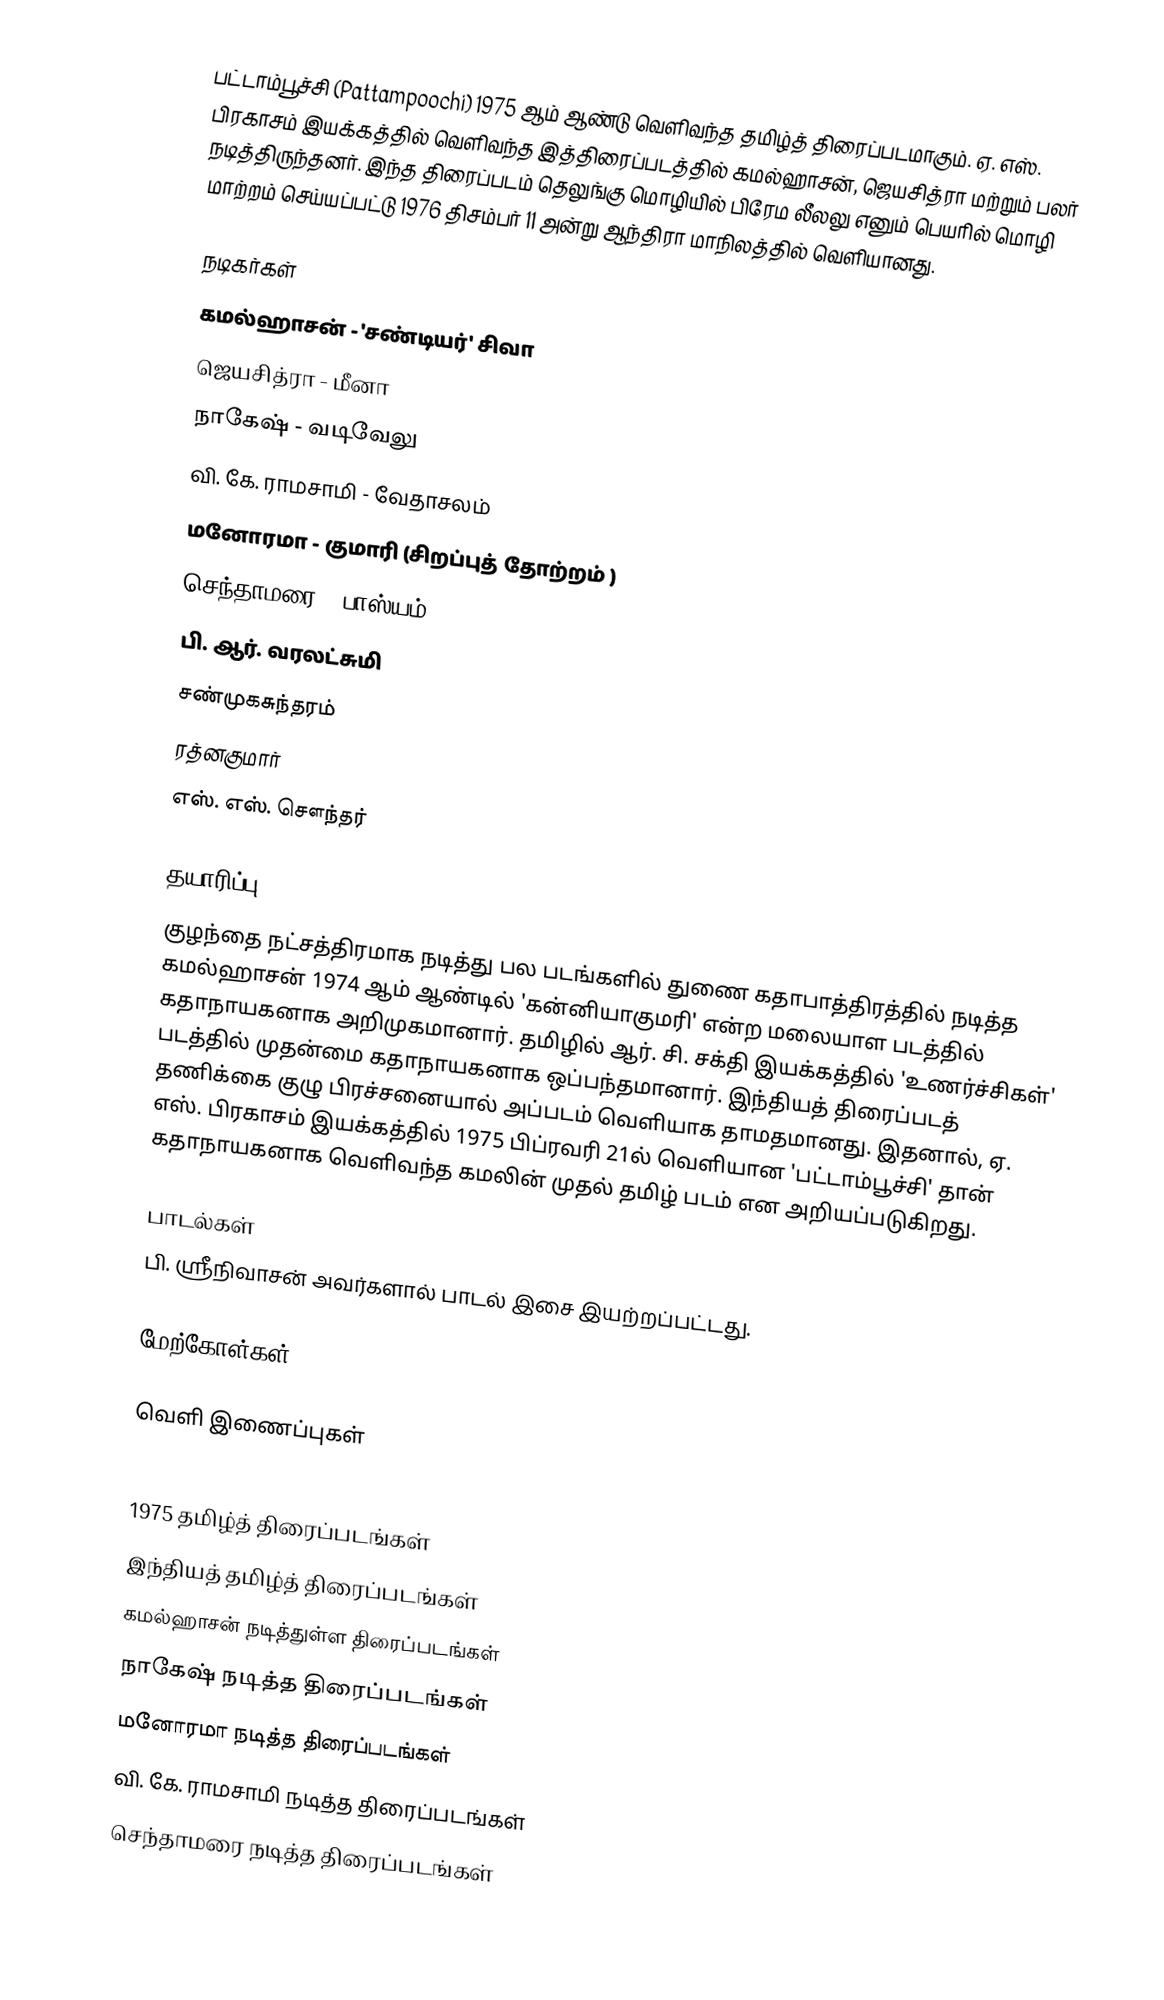
பட்டாம்பூச்சி (Pattampoochi) 1975 ஆம் ஆண்டு வெளிவந்த தமிழ்த் திரைப்படமாகும். ஏ. எஸ். பிரகாசம் இயக்கத்தில் வெளிவந்த இத்திரைப்படத்தில் கமல்ஹாசன், ஜெயசித்ரா மற்றும் பலர் நடித்திருந்தனர். இந்த திரைப்படம் தெலுங்கு மொழியில் பிரேம லீலலு எனும் பெயரில் மொழி மாற்றம் செய்யப்பட்டு 1976 திசம்பர் 11 அன்று ஆந்திரா மாநிலத்தில் வெளியானது.

நடிகர்கள்
 கமல்ஹாசன் - 'சண்டியர்' சிவா
 ஜெயசித்ரா - மீனா
 நாகேஷ் - வடிவேலு
 வி. கே. ராமசாமி - வேதாசலம்
 மனோரமா - குமாரி (சிறப்புத் தோற்றம் )
 செந்தாமரை - பாஸ்யம்
 பி. ஆர். வரலட்சுமி
 சண்முகசுந்தரம்
 ரத்னகுமார்
 எஸ். எஸ். சௌந்தர்

தயாரிப்பு
குழந்தை நட்சத்திரமாக நடித்து பல படங்களில் துணை கதாபாத்திரத்தில் நடித்த கமல்ஹாசன் 1974 ஆம் ஆண்டில் 'கன்னியாகுமரி' என்ற மலையாள படத்தில் கதாநாயகனாக அறிமுகமானார். தமிழில் ஆர். சி. சக்தி இயக்கத்தில் 'உணர்ச்சிகள்' படத்தில் முதன்மை கதாநாயகனாக ஒப்பந்தமானார். இந்தியத் திரைப்படத் தணிக்கை குழு பிரச்சனையால் அப்படம் வெளியாக தாமதமானது. இதனால், ஏ. எஸ். பிரகாசம் இயக்கத்தில் 1975 பிப்ரவரி 21ல் வெளியான 'பட்டாம்பூச்சி' தான் கதாநாயகனாக வெளிவந்த கமலின் முதல் தமிழ் படம் என அறியப்படுகிறது.

பாடல்கள்
பி. ஸ்ரீநிவாசன் அவர்களால் பாடல் இசை இயற்றப்பட்டது.

மேற்கோள்கள்

வெளி இணைப்புகள்

1975 தமிழ்த் திரைப்படங்கள்
இந்தியத் தமிழ்த் திரைப்படங்கள்
கமல்ஹாசன் நடித்துள்ள திரைப்படங்கள்
நாகேஷ் நடித்த திரைப்படங்கள்
மனோரமா நடித்த திரைப்படங்கள்
வி. கே. ராமசாமி நடித்த திரைப்படங்கள்
செந்தாமரை நடித்த திரைப்படங்கள்